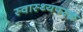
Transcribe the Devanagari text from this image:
स्वास्थ्यपरक